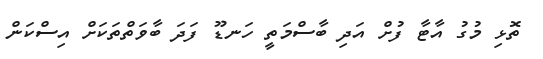
ތޮޅި މުގު އާޓާ ފުށް އަދި ބާސްމަތީ ހަނޑޫ ފަދަ ބާވަތްތަކަށް އިސްކަން